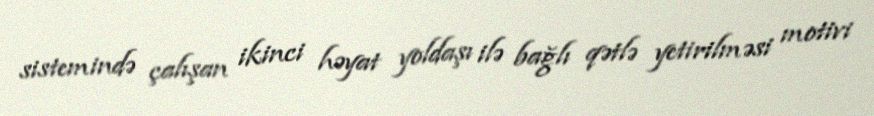
sistemində çalışan ikinci həyat yoldaşı ilə bağlı qətlə yetirilməsi motivi